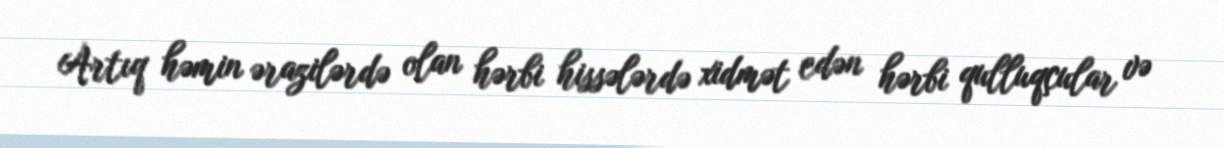
Artıq həmin ərazilərdə olan hərbi hissələrdə xidmət edən hərbi qulluqçular və